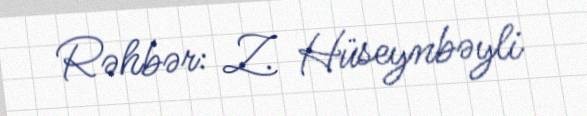
Rəhbər: Z. Hüseynbəyli